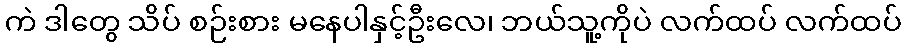
ကဲ ဒါတွေ သိပ် စဉ်းစား မနေပါနှင့်ဦးလေ၊ ဘယ်သူ့ကိုပဲ လက်ထပ် လက်ထပ်